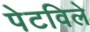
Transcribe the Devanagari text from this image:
पेटविले